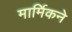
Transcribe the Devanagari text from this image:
मार्मिकने